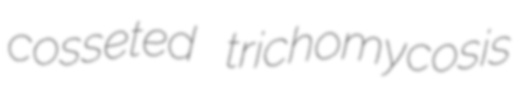
cosseted trichomycosis